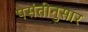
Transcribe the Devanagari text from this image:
पसंतीनुसार